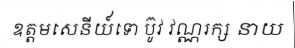
ឧត្តមសេនីយ៍ទោ ប៊ូវ វណ្ណរក្ស នាយ